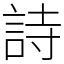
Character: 詩